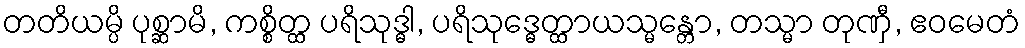
တတိယမ္ပိ ပုစ္ဆာမိ, ကစ္စိတ္ထ ပရိသုဒ္ဓါ, ပရိသုဒ္ဓေတ္ထာယသ္မန္တော, တသ္မာ တုဏှီ, ဧဝမေတံ